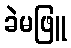
ခဲမဖြူ